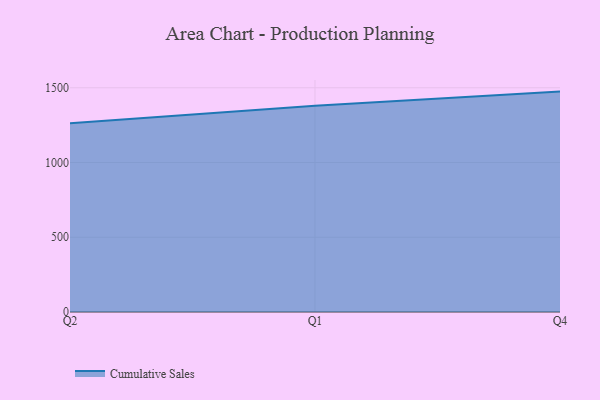
{"axis": {"x": "Quarter", "y": "Operating Costs (USD K)"}, "legend": ["Cumulative Sales"], "data": [{"x": "Q2", "y": 1262.8, "type": "Cumulative Sales"}, {"x": "Q1", "y": 1380.0, "type": "Cumulative Sales"}, {"x": "Q4", "y": 1474.2, "type": "Cumulative Sales"}]}